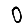
Digit: 0